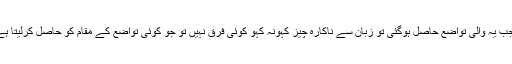
یہ ہے تواضع کی حقیقت اب جب یہ والی تواضع حاصل ہوگئی تو زبان سے ناکارہ چیز کہونہ کہو کوئی فرق نہیں تو جو کوئی تواضع کے مقام کو حاصل کرلیتا ہے اللہ اس کو بلند کردیتے ہیں۔